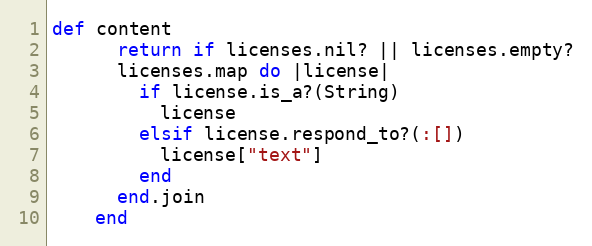
Language: Ruby
def content
      return if licenses.nil? || licenses.empty?
      licenses.map do |license|
        if license.is_a?(String)
          license
        elsif license.respond_to?(:[])
          license["text"]
        end
      end.join
    end